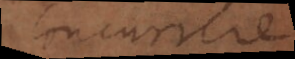
concurrere